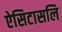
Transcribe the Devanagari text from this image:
ऐसिटासलि